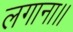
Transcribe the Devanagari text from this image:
लगाना।।